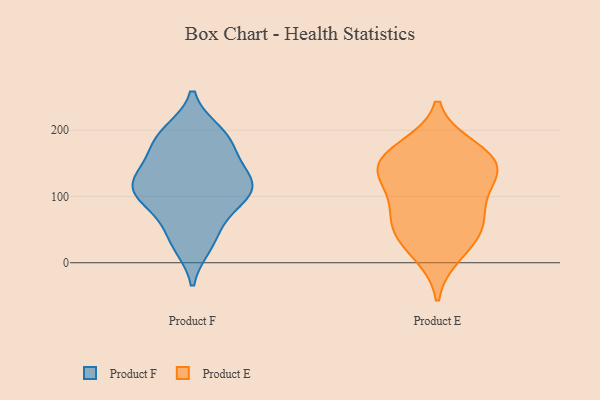
{"axis": {"x": "Website Visitors", "y": "Value"}, "legend": ["Product E", "Product F"], "data": [{"x": "", "y": 192, "type": "Product F"}, {"x": "", "y": 122, "type": "Product F"}, {"x": "", "y": 197, "type": "Product F"}, {"x": "", "y": 166, "type": "Product F"}, {"x": "", "y": 103, "type": "Product F"}, {"x": "", "y": 118, "type": "Product F"}, {"x": "", "y": 164, "type": "Product F"}, {"x": "", "y": 82, "type": "Product F"}, {"x": "", "y": 116, "type": "Product F"}, {"x": "", "y": 185, "type": "Product F"}, {"x": "", "y": 27, "type": "Product F"}, {"x": "", "y": 194, "type": "Product F"}, {"x": "", "y": 43, "type": "Product F"}, {"x": "", "y": 120, "type": "Product F"}, {"x": "", "y": 105, "type": "Product F"}, {"x": "", "y": 29, "type": "Product F"}, {"x": "", "y": 143, "type": "Product F"}, {"x": "", "y": 122, "type": "Product F"}, {"x": "", "y": 104, "type": "Product F"}, {"x": "", "y": 74, "type": "Product F"}, {"x": "", "y": 172, "type": "Product E"}, {"x": "", "y": 89, "type": "Product E"}, {"x": "", "y": 64, "type": "Product E"}, {"x": "", "y": 118, "type": "Product E"}, {"x": "", "y": 152, "type": "Product E"}, {"x": "", "y": 14, "type": "Product E"}, {"x": "", "y": 147, "type": "Product E"}, {"x": "", "y": 42, "type": "Product E"}, {"x": "", "y": 53, "type": "Product E"}, {"x": "", "y": 136, "type": "Product E"}, {"x": "", "y": 157, "type": "Product E"}]}